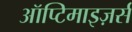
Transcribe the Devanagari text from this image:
ऑप्टिमाइज़र्स